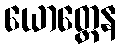
ယောတ္တေန